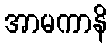
အာမကာနိ